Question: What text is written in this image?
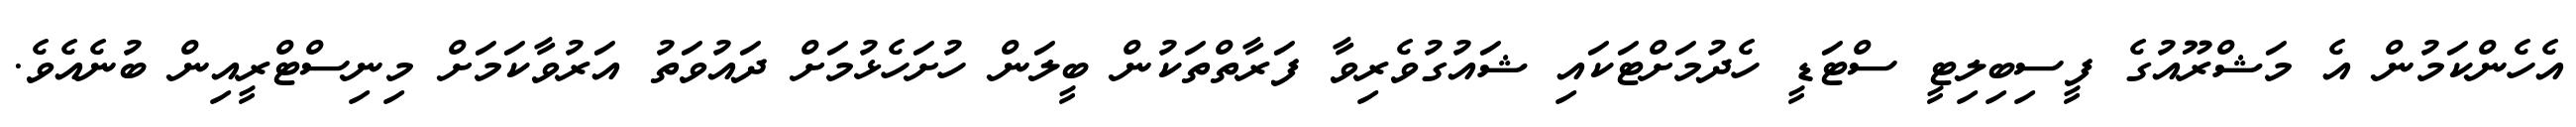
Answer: އެހެންކަމުން އެ މަޝްރޫއުގެ ފީސިބިލިޓީ ސްޓަޑީ ހެދުމަށްޓަކައި ޝައުގުވެރިވާ ފަރާތްތަކުން ބީލަން ހުށަހެޅުމަށް ދައުވަތު އަރުވާކަމަށް މިނިސްޓްރީއިން ބުނެއެވެ.